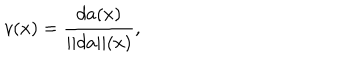
v ( x ) = { \frac { d a ( x ) } { | | d a | | ( x ) } } ,